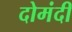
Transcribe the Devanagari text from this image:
दोमंदी